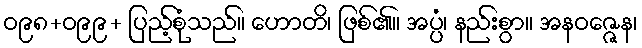
ဝ၉၈+ဝ၉၉+ ပြည့်စုံသည်။ ဟောတိ၊ ဖြစ်၏။ အပ္ပံ၊ နည်းစွာ။ အနဝဇ္ဇေန၊